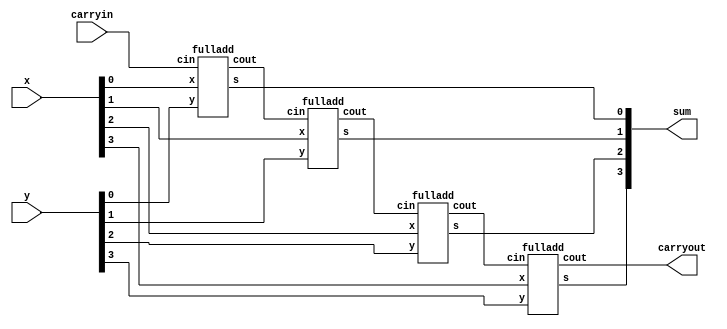
module paradder ( carryin,x,y,sum,carryout);
 	 input carryin;
 	 input [3:0] x,y;
  output [3:0] sum;
  output carryout;
  fulladd stage0 (carryin,x[0],y[0],sum[0],c1);
  fulladd stage1 (c1,x[1],y[1],sum[1],c2);
  fulladd stage2 (c2,x[2],y[2],sum[2],c3);
  fulladd stage3 (c3,x[3],y[3],sum[3],carryout);
endmodule

module fulladd (cin,x,y,s,cout);
  input cin,x,y;
  output s,cout;
  assign s = x^y^cin;
  assign cout =(x & y) | (x & cin) |(y & cin);
endmodule